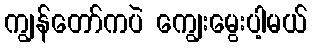
ကျွန်တော်ကပဲ ကျွေးမွေးပါ့မယ်